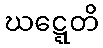
ဃဋ္ဋေတိ